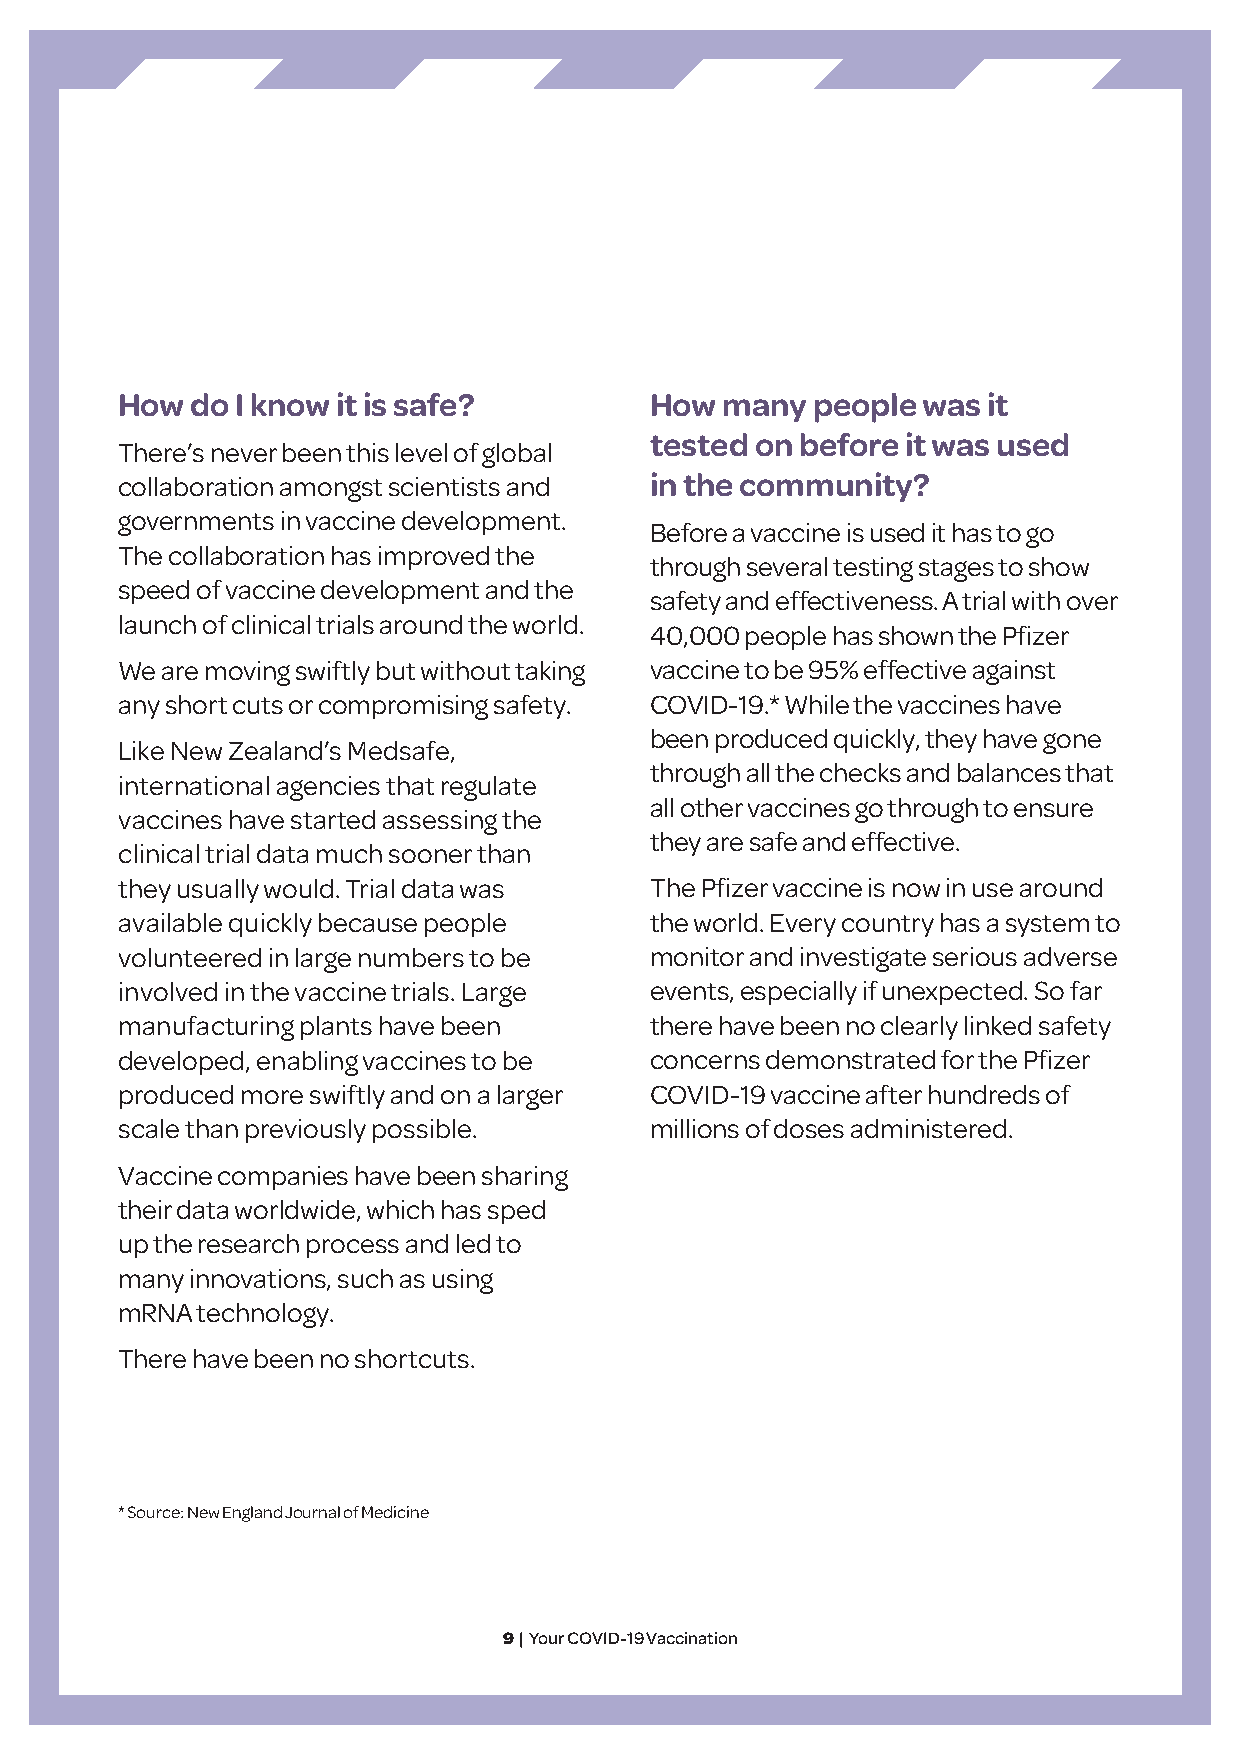
How  do I know it is safe?         How  many  people was it
 tested on before it was used
 There’s never been this level of global
 collaboration amongst scientists and in the community?
 governments in vaccine development.
 Before a vaccine is used it has to go
 The collaboration has improved the
 through several testing stages to show
 speed of vaccine development and the
 safety and effectiveness. A trial with over
 launch of clinical trials around the world.
 40,000 people has shown the Pfizer
 We are moving swiftly but without taking vaccine to be 95% effective against
 any short cuts or compromising safety. COVID-19.* While the vaccines have
 been produced quickly, they have gone
 Like New Zealand’s Medsafe,
 through all the checks and balances that
 international agencies that regulate
 all other vaccines go through to ensure
 vaccines have started assessing the
 they are safe and effective.
 clinical trial data much sooner than
 they usually would. Trial data was The Pfizer vaccine is now in use around
 available quickly because people   the world. Every country has a system to
 volunteered in large numbers to be monitor and investigate serious adverse
 involved in the vaccine trials. Large events, especially if unexpected. So far
 manufacturing plants have been     there have been no clearly linked safety
 developed, enabling vaccines to be concerns demonstrated for the Pfizer
 produced more swiftly and on a larger COVID-19 vaccine after hundreds of
 scale than previously possible.    millions of doses administered.
 Vaccine companies have been sharing
 their data worldwide, which has sped
 up the research process and led to
 many innovations, such as using
 mRNA technology.
 There have been no shortcuts.
 * Source: New England Journal of Medicine
 9 | Your COVID-19 Vaccination